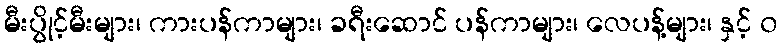
မီးပွိုင့်မီးများ၊ ကားပန်ကာများ၊ ခရီးဆောင် ပန်ကာများ၊ လေပန့်များ၊ နှင့် ၀